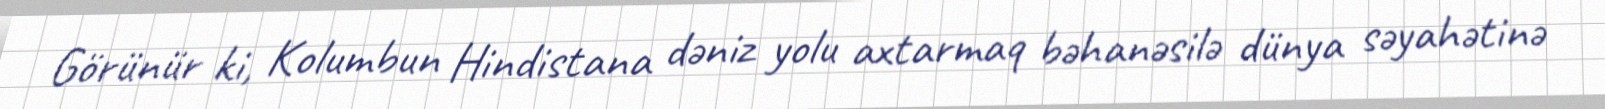
Görünür ki, Kolumbun Hindistana dəniz yolu axtarmaq bəhanəsilə dünya səyahətinə